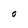
Character: O